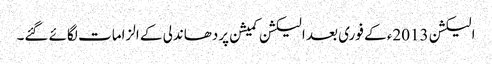
الیکشن 2013ء کے فوری بعد الیکشن کمیشن پردھاندلی کے الزامات لگائے گئے۔